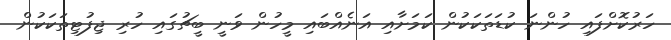
ހަރުކޮށްފައި ހުންނަ ކުޑަތަކަކުން ކަމަށާއި އަނެއްބައި މީހުން ވަނީ ބީޗުގައި ހުރި ޖިފުޓިތަކަކުން